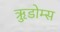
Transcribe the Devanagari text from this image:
ऋुडोम्स